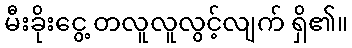
မီးခိုးငွေ့ တလူလူလွင့်လျက် ရှိ၏။